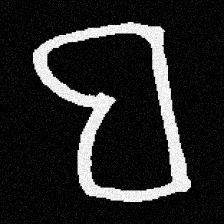
Pyu character \u2014 Myanmar letter: ဗ (romanized: ba)